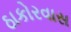
ઠાકોરવાસ